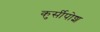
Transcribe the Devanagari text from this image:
कुर्सीपोश